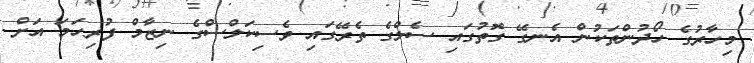
މިހާރުގެ ހޯދުންތަކުން އެނގޭ ގޮތުގައި ސެލްގެ ތެރޭގައި ވެސިކަލްސްގެ ނިޒާމް ފުރިހަމަ އަށް